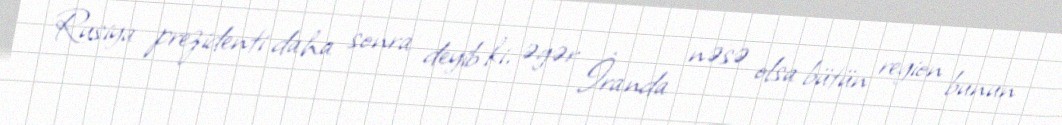
Rusiya prezidenti daha sonra deyib ki, əgər İranda nəsə olsa bütün region bunun